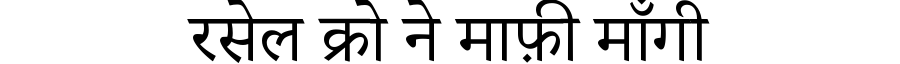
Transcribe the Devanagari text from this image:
रसेल क्रो ने माफ़ी माँगी